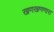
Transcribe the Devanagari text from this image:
खणखणणारा